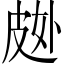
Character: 𱲂